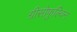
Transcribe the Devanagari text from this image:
ग्रीसोफुल्विन